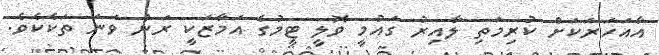
އާއަހަރަކަށް ކުރިމަތި ލާއިރު ގައުމީ ވޮލީ ޓީމުގެ އަމާޒަކީ ރަން ވަނަ ތަކެކެވެ.